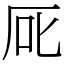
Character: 厑